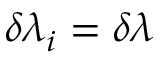
\delta \lambda _ { i } = \delta \lambda